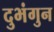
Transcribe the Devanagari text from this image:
दुभंगुन